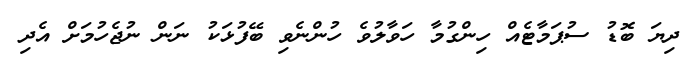
ދިޔަ ބޮޑު ސުޕަމާޓެއް ހިންގުމާ ހަވާލުވެ ހުންނެވި ބޭފުޅަކު ނަން ނުޖެހުމަށް އެދި